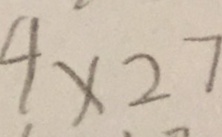
4 \times 2 7